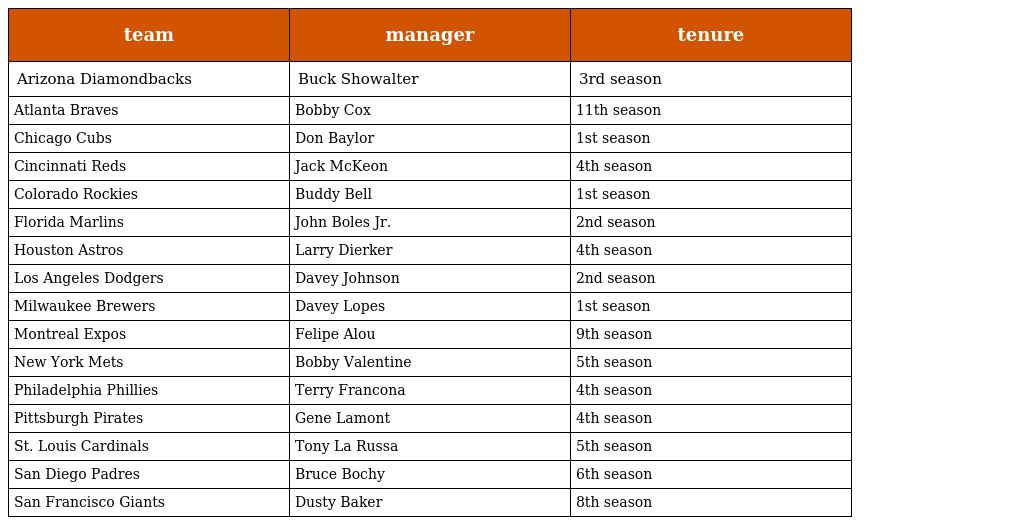
| team | manager | tenure |
 | --- | --- | --- |
 | Arizona Diamondbacks | Buck Showalter | 3rd season |
 | Atlanta Braves | Bobby Cox | 11th season |
 | Chicago Cubs | Don Baylor | 1st season |
 | Cincinnati Reds | Jack McKeon | 4th season |
 | Colorado Rockies | Buddy Bell | 1st season |
 | Florida Marlins | John Boles Jr. | 2nd season |
 | Houston Astros | Larry Dierker | 4th season |
 | Los Angeles Dodgers | Davey Johnson | 2nd season |
 | Milwaukee Brewers | Davey Lopes | 1st season |
 | Montreal Expos | Felipe Alou | 9th season |
 | New York Mets | Bobby Valentine | 5th season |
 | Philadelphia Phillies | Terry Francona | 4th season |
 | Pittsburgh Pirates | Gene Lamont | 4th season |
 | St. Louis Cardinals | Tony La Russa | 5th season |
 | San Diego Padres | Bruce Bochy | 6th season |
 | San Francisco Giants | Dusty Baker | 8th season |